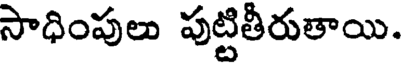
సాధింపులు పుట్టితీరుతాయి.